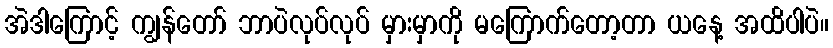
အဲဒါကြောင့် ကျွန်တော် ဘာပဲလုပ်လုပ် မှားမှာကို မကြောက်တော့တာ ယနေ့ အထိပါပဲ။